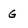
Character: G